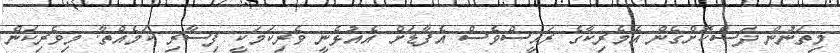
މިތަނުން ދަސްކޮށްގެން އެމެރިކާގެ ރައީސްވެސް އެފާޑަށް އެއުޅެނީ ވެރިކަމަކީ ފިސާރި ކަމެއްތާ. މިވެރިކަން